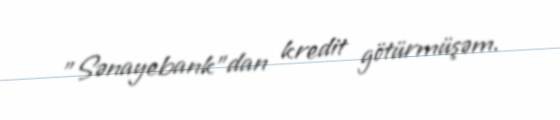
”Sənayebank"dan kredit götürmüşəm.